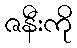
ဇနီးကို